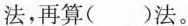
法，再算( )法。